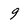
Character: 9